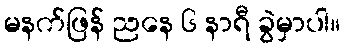
မနက်ဖြန် ညနေ ၆ နာရီ ခွဲမှာပါ။